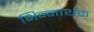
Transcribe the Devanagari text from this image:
भिन्नार्थक